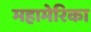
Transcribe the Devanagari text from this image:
महामेरिका